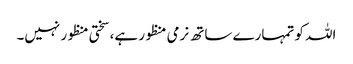
اللہ کو تمہارے ساتھ نرمی منظور ہے، سختی منظور نہیں۔